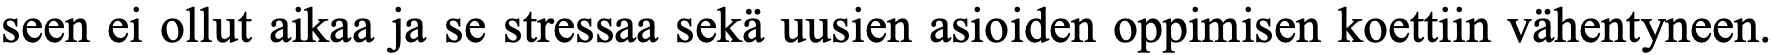
seen ei ollut aikaa ja se stressaa sekä uusien asioiden oppimisen koettiin vähentyneen.